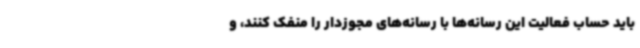
باید حساب فعالیت این رسانه‌ها با رسانه‌های مجوزدار را منفک کنند، و